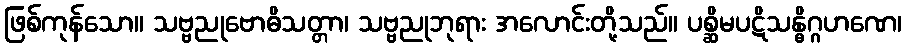
ဖြစ်ကုန်သော။ သဗ္ဗညုဗောဓိသတ္တာ၊ သဗ္ဗညုဘုရား အလောင်းတို့သည်။ ပစ္ဆိမပဋိသန္ဓိဂ္ဂဟဏေ၊